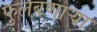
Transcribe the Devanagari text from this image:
फुलवणाऱ्या